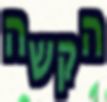
הקשה